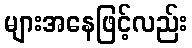
များအနေဖြင့်လည်း